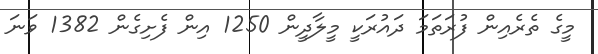
މީގެ ތެރެއިން ފުރަތަމަ ދައުރަކީ މީލާދީން 1250 އިން ފެށިގެން 1382 ވަނަ